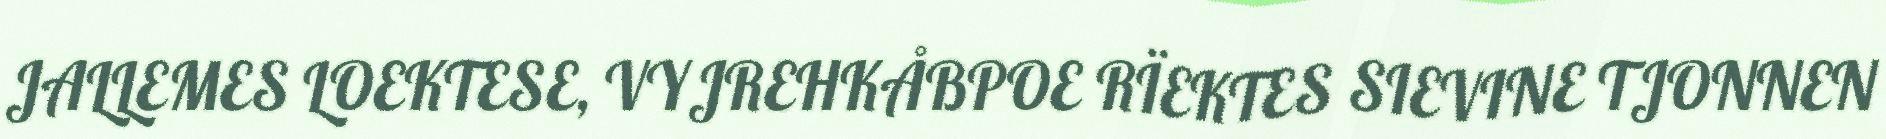
JALLEMES LOEKTESE, VYJREHKÅBPOE RÏEKTES SIEVINE TJONNEN